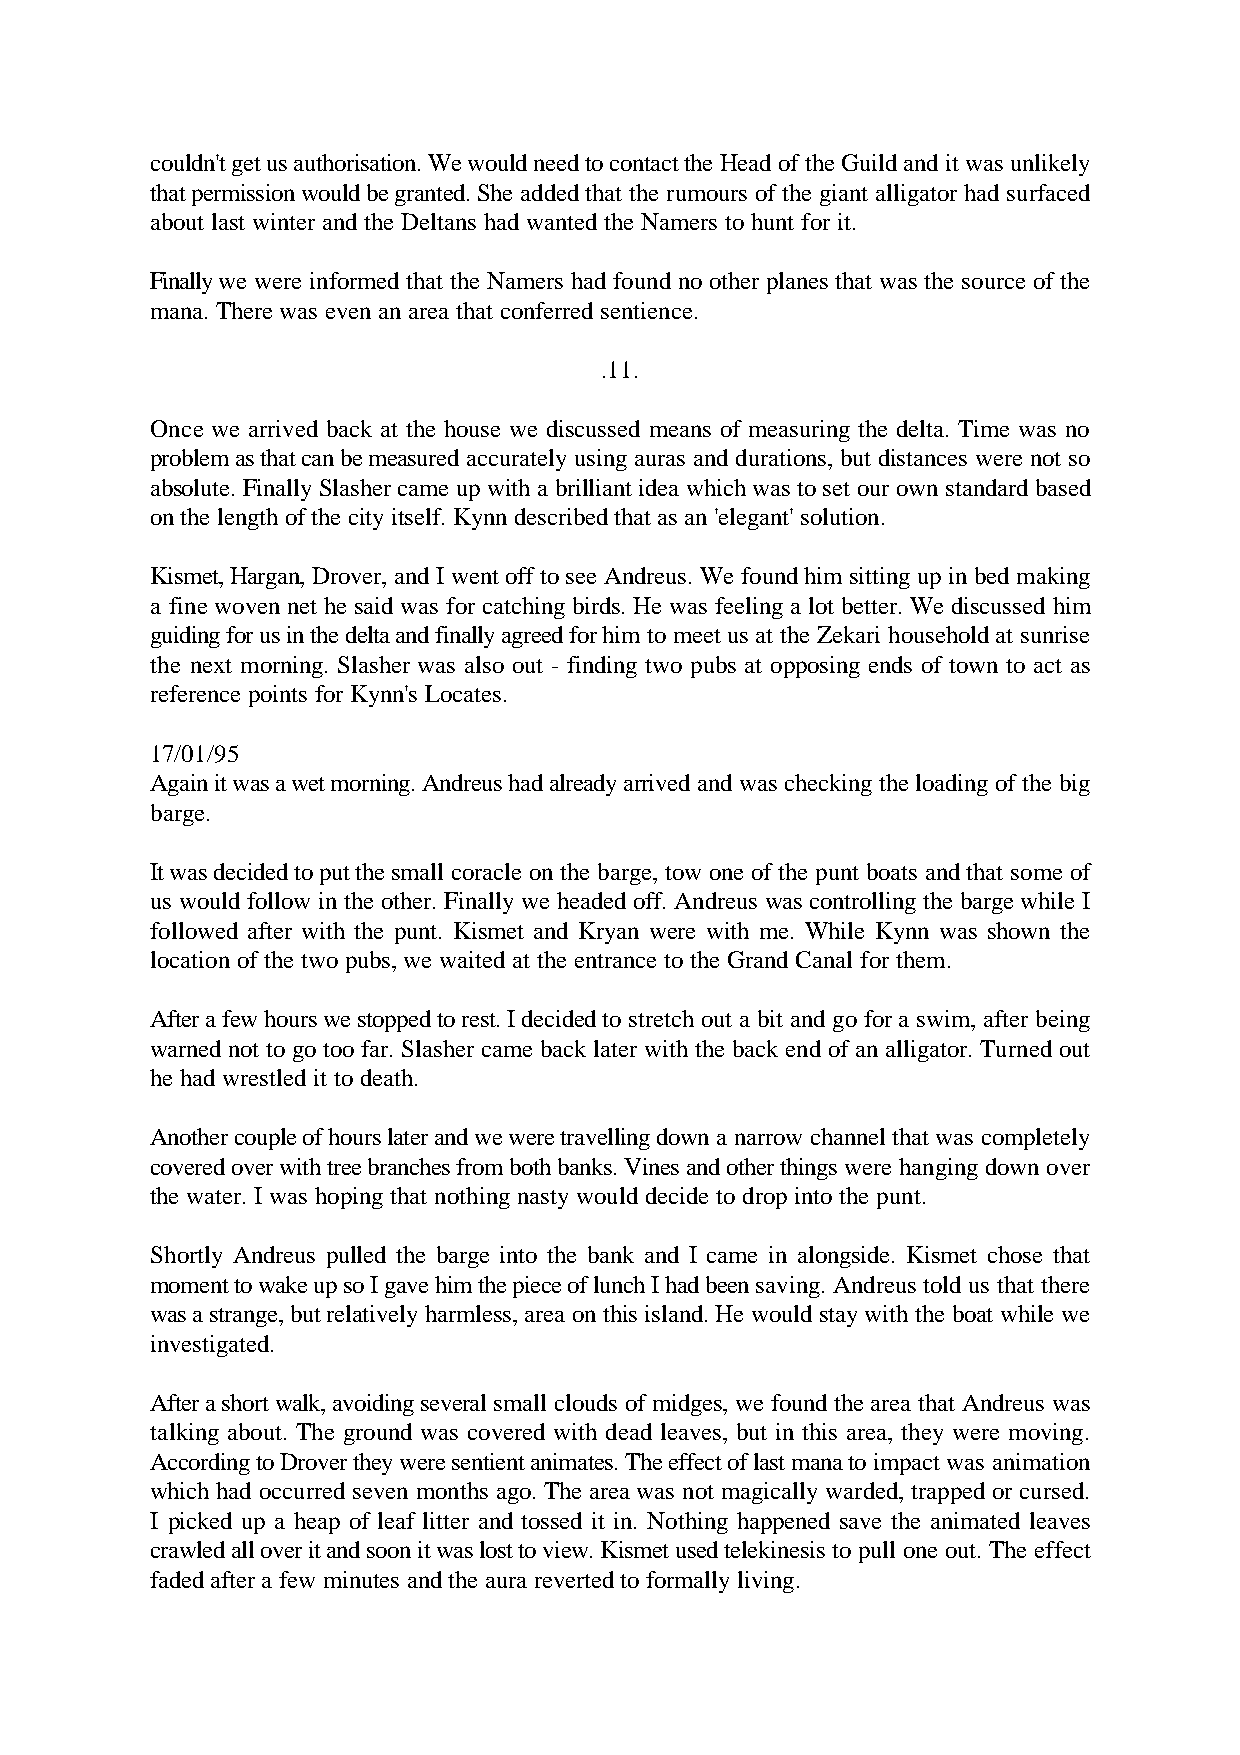
couldn't get us authorisation. We would need to contact the Head of the Guild and it was unlikely
 that permission would be granted. She added that the rumours of the giant alligator had surfaced
 about last winter and the Deltans had wanted the Namers to hunt for it.
 Finally we were informed that the Namers had found no other planes that was the source of the
 mana. There was even an area that conferred sentience.
 .11.
 Once we arrived back at the house we discussed means of measuring the delta. Time was no
 problem as that can be measured accurately using auras and durations, but distances were not so
 absolute. Finally Slasher came up with a brilliant idea which was to set our own standard based
 on the length of the city itself. Kynn described that as an 'elegant' solution.
 Kismet, Hargan, Drover, and I went off to see Andreus. We found him sitting up in bed making
 a fine woven net he said was for catching birds. He was feeling a lot better. We discussed him
 guiding for us in the delta and finally agreed for him to meet us at the Zekari household at sunrise
 the next morning. Slasher was also out - finding two pubs at opposing ends of town to act as
 reference points for Kynn's Locates.
 17/01/95
 Again it was a wet morning. Andreus had already arrived and was checking the loading of the big
 barge.
 It was decided to put the small coracle on the barge, tow one of the punt boats and that some of
 us would follow in the other. Finally we headed off. Andreus was controlling the barge while I
 followed after with the punt. Kismet and Kryan were with me. While Kynn was shown the
 location of the two pubs, we waited at the entrance to the Grand Canal for them.
 After a few hours we stopped to rest. I decided to stretch out a bit and go for a swim, after being
 warned not to go too far. Slasher came back later with the back end of an alligator. Turned out
 he had wrestled it to death.
 Another couple of hours later and we were travelling down a narrow channel that was completely
 covered over with tree branches from both banks. Vines and other things were hanging down over
 the water. I was hoping that nothing nasty would decide to drop into the punt.
 Shortly Andreus pulled the barge into the bank and I came in alongside. Kismet chose that
 moment to wake up so I gave him the piece of lunch I had been saving. Andreus told us that there
 was a strange, but relatively harmless, area on this island. He would stay with the boat while we
 investigated.
 After a short walk, avoiding several small clouds of midges, we found the area that Andreus was
 talking about. The ground was covered with dead leaves, but in this area, they were moving.
 According to Drover they were sentient animates. The effect of last mana to impact was animation
 which had occurred seven months ago. The area was not magically warded, trapped or cursed.
 I picked up a heap of leaf litter and tossed it in. Nothing happened save the animated leaves
 crawled all over it and soon it was lost to view. Kismet used telekinesis to pull one out. The effect
 faded after a few minutes and the aura reverted to formally living.